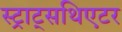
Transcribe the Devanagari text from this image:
स्ट्राट्सथिएटर